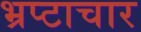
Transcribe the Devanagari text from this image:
भ्रप्टाचार